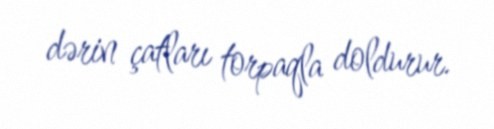
dərin çatları torpaqla doldurur.